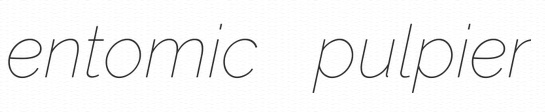
entomic pulpier